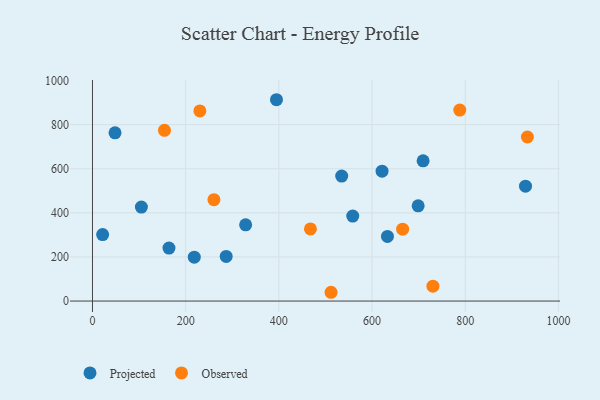
{"axis": {"x": "Price", "y": "Profit"}, "legend": ["Observed", "Projected"], "data": [{"x": "328.7", "y": 345.8, "type": "Projected"}, {"x": "633.1", "y": 293.3, "type": "Projected"}, {"x": "164.2", "y": 240.3, "type": "Projected"}, {"x": "218.5", "y": 198.8, "type": "Projected"}, {"x": "21.8", "y": 301.5, "type": "Projected"}, {"x": "558.6", "y": 385.2, "type": "Projected"}, {"x": "621.5", "y": 589.1, "type": "Projected"}, {"x": "929.4", "y": 521.2, "type": "Projected"}, {"x": "709.6", "y": 636.1, "type": "Projected"}, {"x": "105.0", "y": 426.4, "type": "Projected"}, {"x": "699.0", "y": 431.9, "type": "Projected"}, {"x": "48.4", "y": 763.0, "type": "Projected"}, {"x": "534.9", "y": 566.8, "type": "Projected"}, {"x": "394.9", "y": 913.1, "type": "Projected"}, {"x": "287.0", "y": 202.4, "type": "Projected"}, {"x": "260.7", "y": 459.9, "type": "Observed"}, {"x": "467.8", "y": 327.0, "type": "Observed"}, {"x": "933.4", "y": 744.1, "type": "Observed"}, {"x": "665.7", "y": 325.9, "type": "Observed"}, {"x": "788.3", "y": 866.1, "type": "Observed"}, {"x": "730.7", "y": 67.6, "type": "Observed"}, {"x": "230.5", "y": 862.1, "type": "Observed"}, {"x": "512.1", "y": 39.8, "type": "Observed"}, {"x": "154.5", "y": 774.1, "type": "Observed"}]}